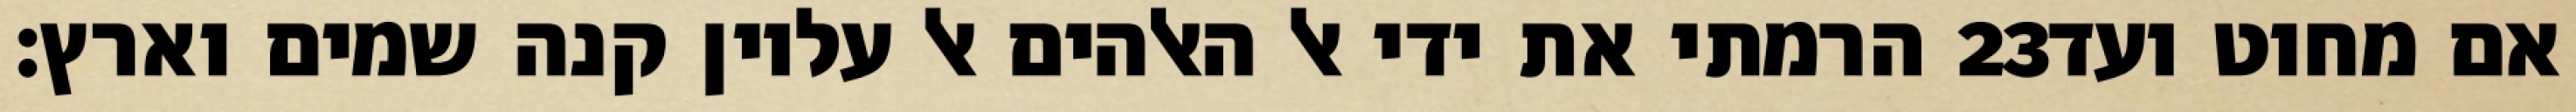
הרמתי את ידי אל האלהים אל עליון קנה שמים וארץ׃ ‎23‏ אם מחוט ועד